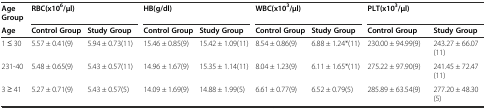
<table><thead><tr><td><b>Age Group</b></td><td colspan="2"><b>RBC(x10<sup>6</sup>/μl)</b></td><td colspan="2"><b>HB(g/dl)</b></td><td colspan="2"><b>WBC(x10<sup>3</sup>/μl)</b></td><td colspan="2"><b>PLT(x10<sup>3</sup>/μl)</b></td></tr><tr><td><b>Age</b></td><td><b>Control Group</b></td><td><b>Study Group</b></td><td><b>Control Group</b></td><td><b>Study Group</b></td><td><b>Control Group</b></td><td><b>Study Group</b></td><td><b>Control Group</b></td><td><b>Study Group</b></td></tr></thead><tbody><tr><td>1 ≤ 30</td><td>5.57 ± 0.41(9)</td><td>5.94 ± 0.73(11)</td><td>15.46 ± 0.85(9)</td><td>15.42 ± 1.09(11)</td><td>8.54 ± 0.86(9)</td><td>6.88 ± 1.24*(11)</td><td>230.00 ± 94.99(9)</td><td>243.27 ± 66.07(11)</td></tr><tr><td>231-40</td><td>5.48 ± 0.65(9)</td><td>5.43 ± 0.57(11)</td><td>14.96 ± 1.67(9)</td><td>15.35 ± 1.14(11)</td><td>8.04 ± 1.23(9)</td><td>6.11 ± 1.65*(11)</td><td>275.22 ± 97.90(9)</td><td>241.45 ± 72.47(11)</td></tr><tr><td>3 ≥ 41</td><td>5.27 ± 0.71(9)</td><td>5.43 ± 0.57(5)</td><td>14.09 ± 1.69(9)</td><td>14.88 ± 1.99(5)</td><td>6.61 ± 0.77(9)</td><td>6.52 ± 0.79(5)</td><td>285.89 ± 63.54(9)</td><td>277.20 ± 48.30(5)</td></tr></tbody></table>